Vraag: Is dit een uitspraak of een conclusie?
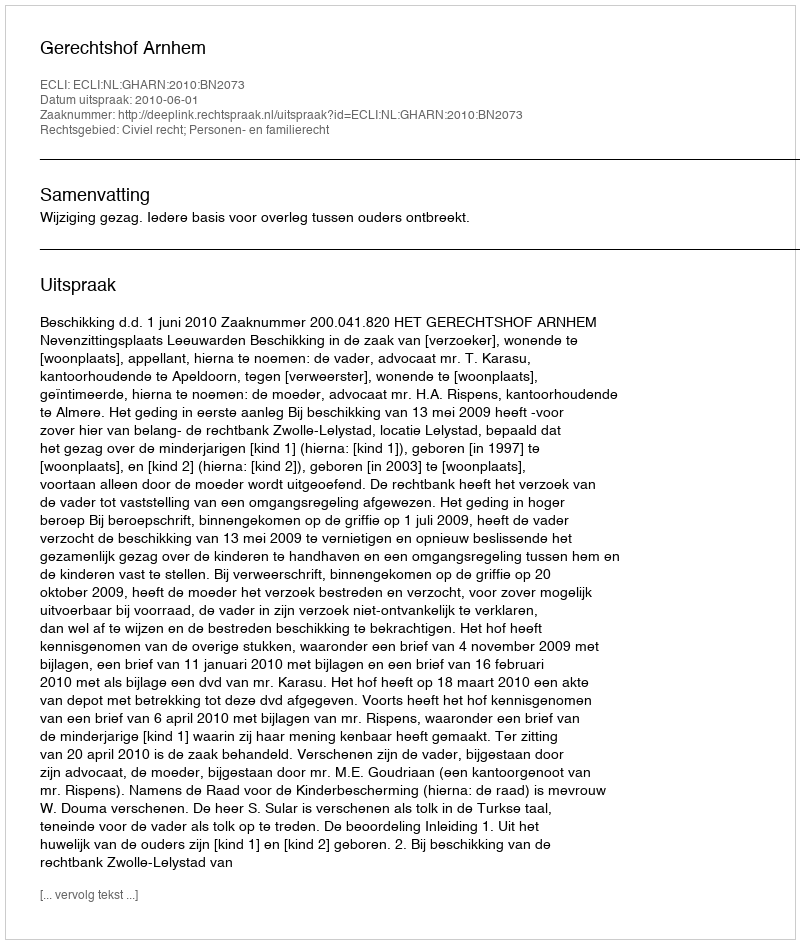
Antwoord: Uitspraak